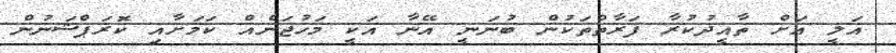
އަލީ އަށް ތާއީދުކުރާ ފަރާތްތަކުން ބުނަނީ އޭނާ އަކީ މަހުޖަނެއް ކަމަށާއި ކޮރަޕްޝަނުން